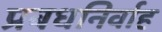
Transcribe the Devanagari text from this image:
प्रबधनिर्वाह